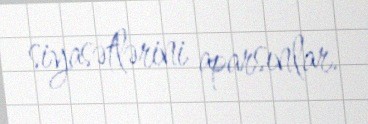
siyasətlərini aparsınlar.